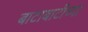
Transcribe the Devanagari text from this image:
बाटाबाटीच्या